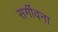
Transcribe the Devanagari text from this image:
सर्गीवना